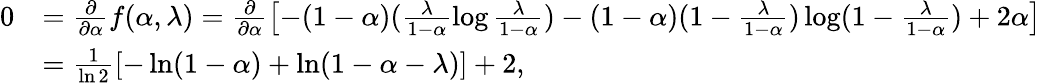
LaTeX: \begin{array}{rl}{0}&{=\frac{\partial}{\partial\alpha}f(\alpha,\lambda)=\frac{\partial}{\partial\alpha}\left[-(1-\alpha)(\frac{\lambda}{1-\alpha}\log\frac{\lambda}{1-\alpha})-(1-\alpha)(1-\frac{\lambda}{1-\alpha})\log(1-\frac{\lambda}{1-\alpha})+2\alpha\right]}\\ &{=\frac{1}{\ln 2}\left[-\ln(1-\alpha)+\ln(1-\alpha-\lambda)\right]+2,}\end{array}